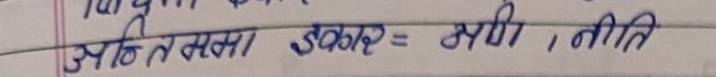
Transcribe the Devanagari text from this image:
आहितलमा डकार = व्यर्थ, नीति